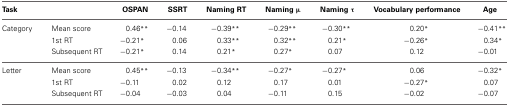
<table><thead><tr><td><b>Task</b></td><td></td><td><b>OSPAN</b></td><td><b>SSRT</b></td><td><b>Naming RT</b></td><td><b>Naming μ</b></td><td><b>Naming τ</b></td><td><b>Vocabulary performance</b></td><td><b>Age</b></td></tr></thead><tbody><tr><td>Category</td><td>Mean score</td><td>0.46<sup>**</sup></td><td>−0.14</td><td>−0.39<sup>**</sup></td><td>−0.29<sup>**</sup></td><td>−0.30<sup>**</sup></td><td>0.20<sup>*</sup></td><td>−0.41<sup>**</sup></td></tr><tr><td></td><td>1st RT</td><td>−0.21<sup>*</sup></td><td>0.06</td><td>0.33<sup>**</sup></td><td>0.32<sup>**</sup></td><td>0.21<sup>*</sup></td><td>−0.26<sup>*</sup></td><td>0.34<sup>*</sup></td></tr><tr><td></td><td>Subsequent RT</td><td>−0.21<sup>*</sup></td><td>0.14</td><td>0.21<sup>*</sup></td><td>0.27<sup>*</sup></td><td>0.07</td><td>0.12</td><td>−0.01</td></tr><tr><td>Letter</td><td>Mean score</td><td>0.45<sup>**</sup></td><td>−0.13</td><td>−0.34<sup>**</sup></td><td>−0.27<sup>*</sup></td><td>−0.27<sup>*</sup></td><td>0.06</td><td>−0.32<sup>*</sup></td></tr><tr><td></td><td>1st RT</td><td>−0.11</td><td>0.02</td><td>0.12</td><td>0.17</td><td>0.01</td><td>−0.27<sup>*</sup></td><td>0.07</td></tr><tr><td></td><td>Subsequent RT</td><td>−0.04</td><td>−0.03</td><td>0.04</td><td>−0.11</td><td>0.15</td><td>−0.02</td><td>−0.07</td></tr></tbody></table>